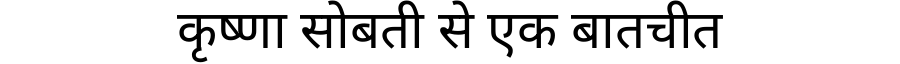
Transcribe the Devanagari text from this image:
कृष्णा सोबती से एक बातचीत